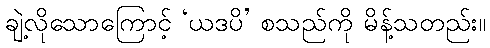
ချဲ့လိုသောကြောင့် ‘ယဒပိ’ စသည်ကို မိန့်သတည်း။